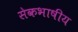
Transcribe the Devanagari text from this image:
सेेकभाषीय